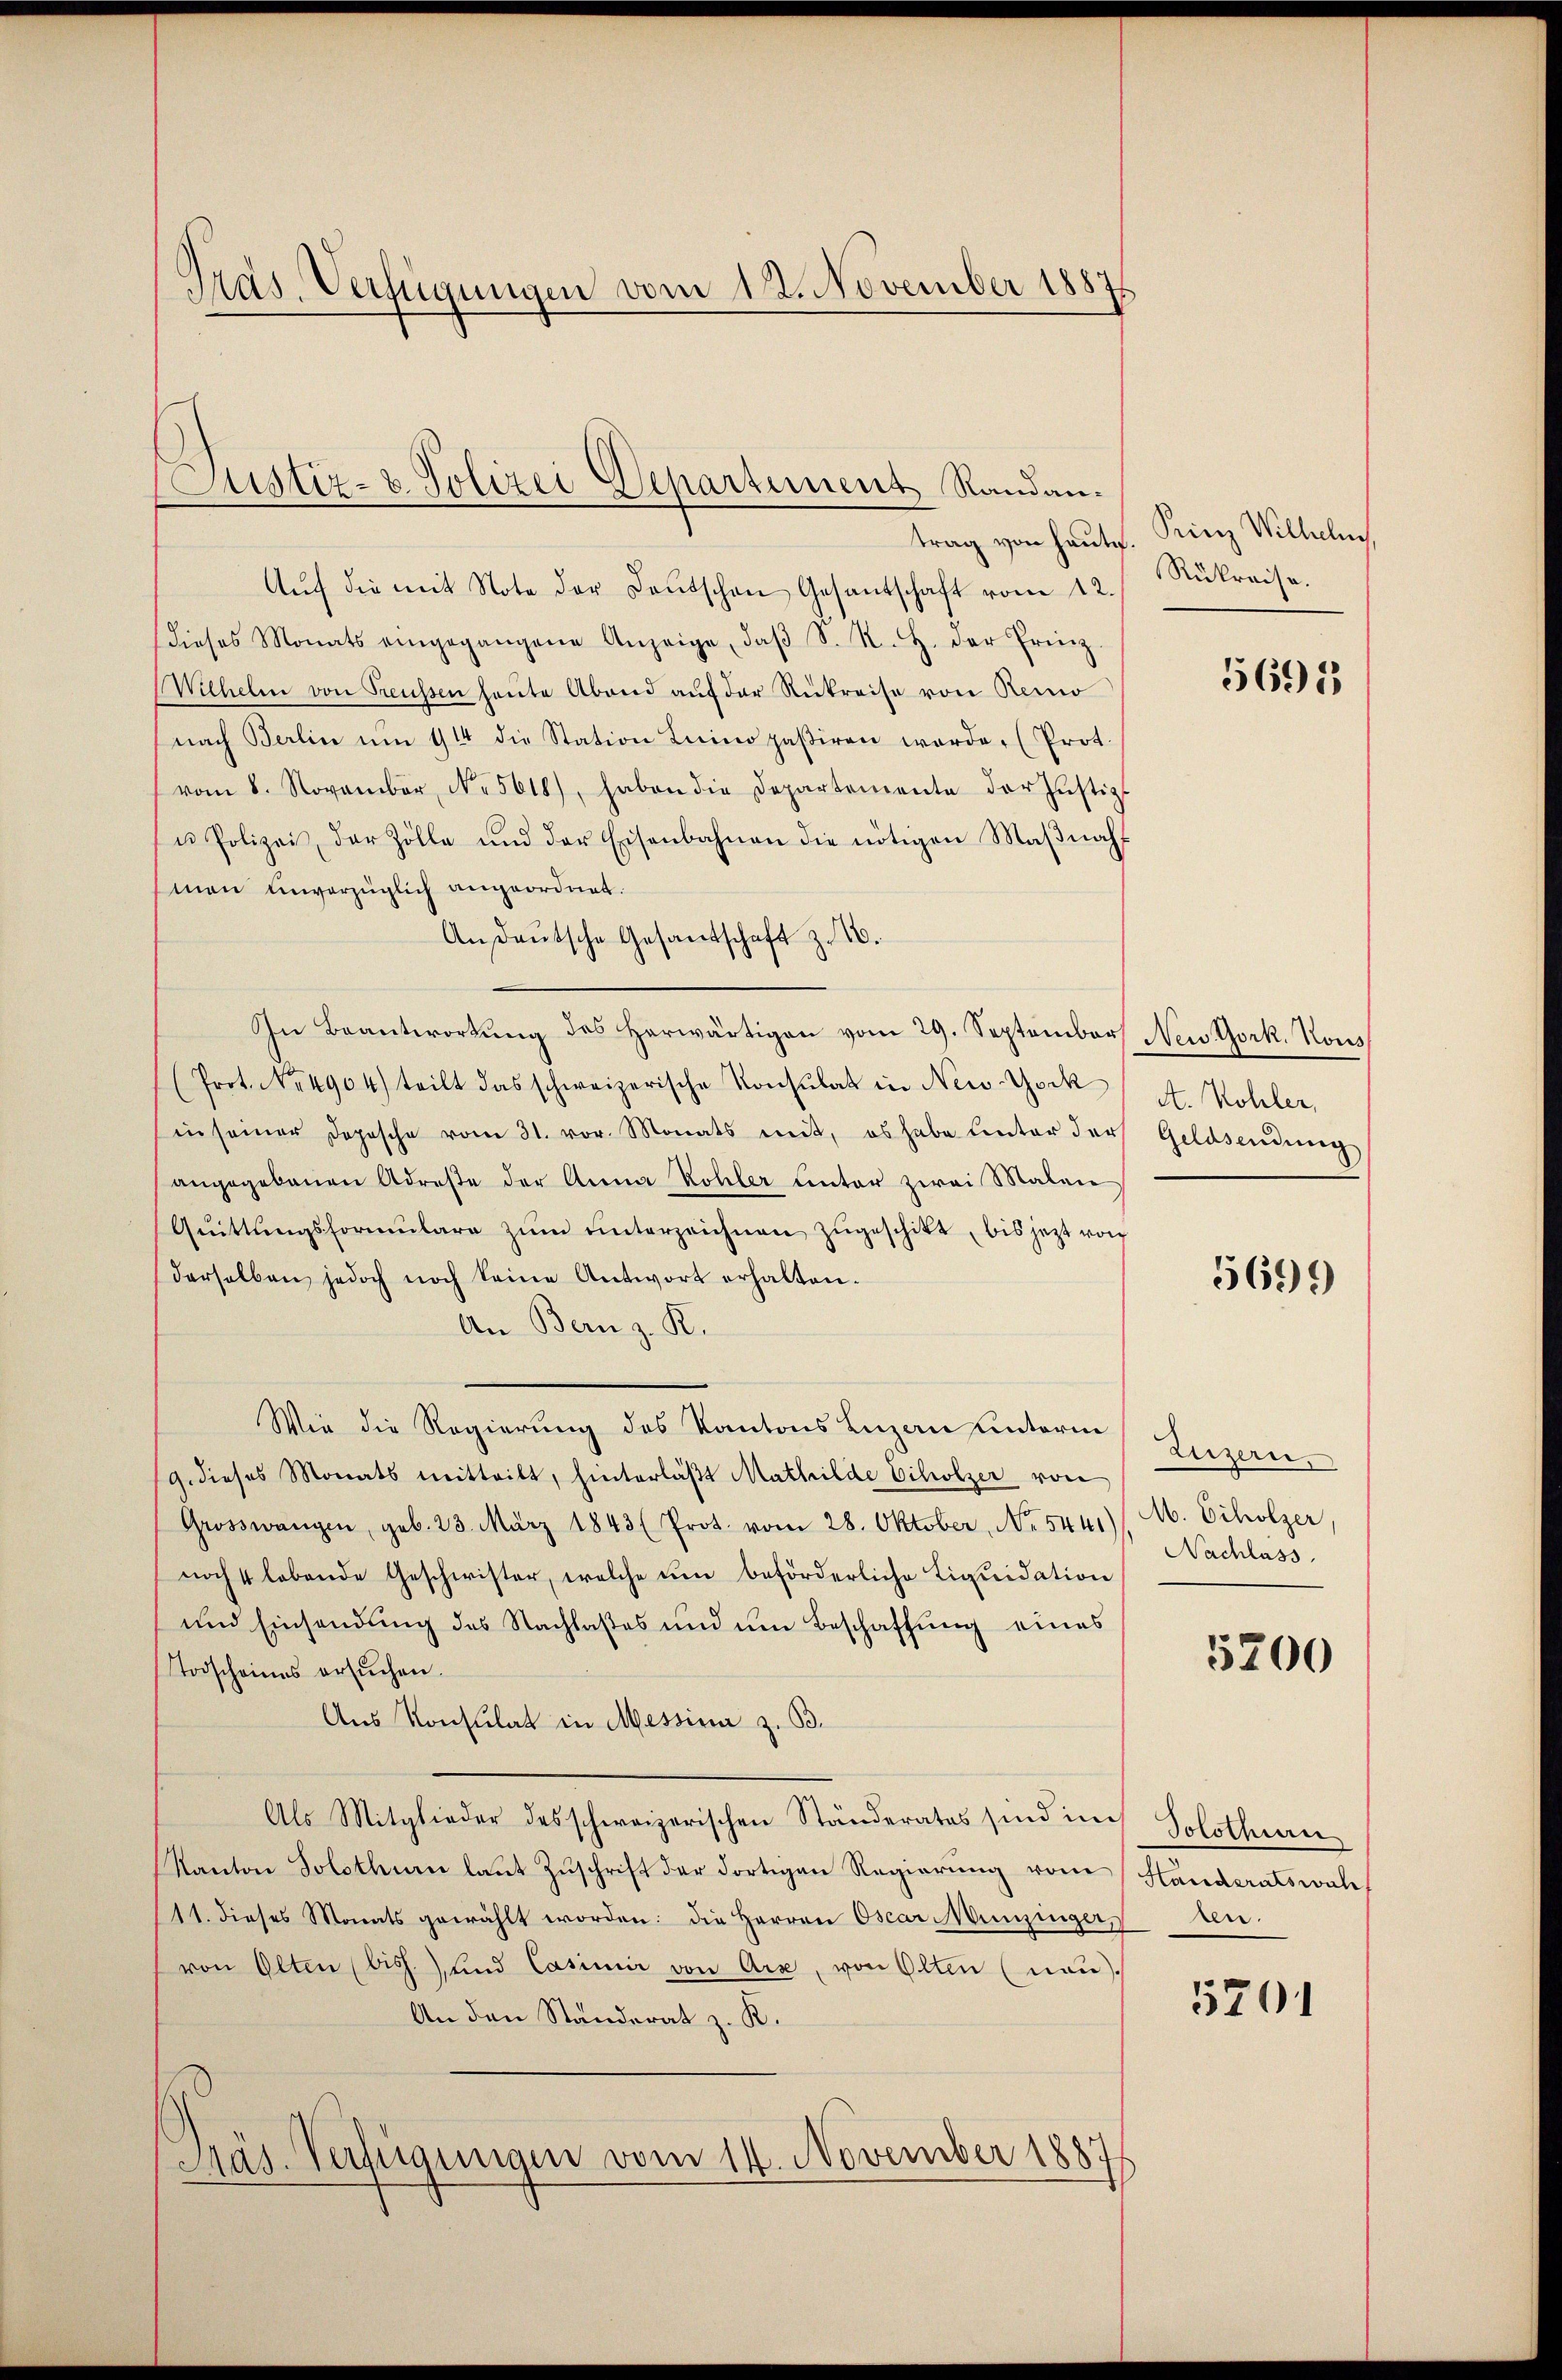
Präs. Verfügungen vom 12. November 1887

Justiz- & Polizei Departement Randan-

Aŭf die mit Note der Leŭtschen Gesantschaft vom 12.
dieses Monats eingegangene Anzeige, daβ S. R. H. der Prinz
Wilhelm von Freussen heŭte Abend aŭf der Rükreise von Remo
nach Berlin ŭm 914 die Station Luino paßiren werde. (Prot.
vom 8. November, No 5618), haben die Departemente der Justiz-
u Polizei der Zölle und der Eisenbahnen die nötigen Maβnah-
men unverzüglich angeordnet.
Andeŭtsche Gesandschaft z. 10.
In Beantwortŭng des herwärtigen vom 29. September
(Prot. No. 4904) teilt das schweizerische Konsulat in New-York
in seiner Dopische vom 31. vor. Monats mit, es habe unter der Geldsendung
angegebenen Adrese der Anna Kohler ŭnter zwei Malen
Gŭittŭngsformŭlare zŭm ŭnterzeichnen zŭgeschikt, bis jetzt von
derselben jedoch noch keine Antwort erhalten.
An Bern z. R.
Wie die Regierung des Kantons Luzen unterm
g. dieses Monats mitteilt, hinterläβt Mathilde Scholzer von
Grosswangen, geb. 23. März 1843 (Prot. vom 28. Oktober, No. 5441)
noch 4 lebende Geschwister, welche um beförderliche Liquidation
und Einsendung des Nachlaßes und um Beschaftung eines
Todscheines ersŭchen.
Aus Konsulat in Messina z. B.
Als Mitglieder des schweizerischen Ständerates sind in Solothurer
Kanton Solothurn laut Zuschrift der dortigen Regierung vom Handeratswah
11. dieses Monats gewählt worden: die Herren Oscar Münzinger, len-
von Olten (biss.) und Casimir von Arx, von Olten (nau).
An den Standerat z. K.
Präs. Verfügungen vom 14. November 1887
¬

trag von heute. Prinz Wilhelm
Rükreise.

5695

New York, Kons
A. Kohler,

5699

Luzern.
M. Echolzer,
Nachlass

5200

5701